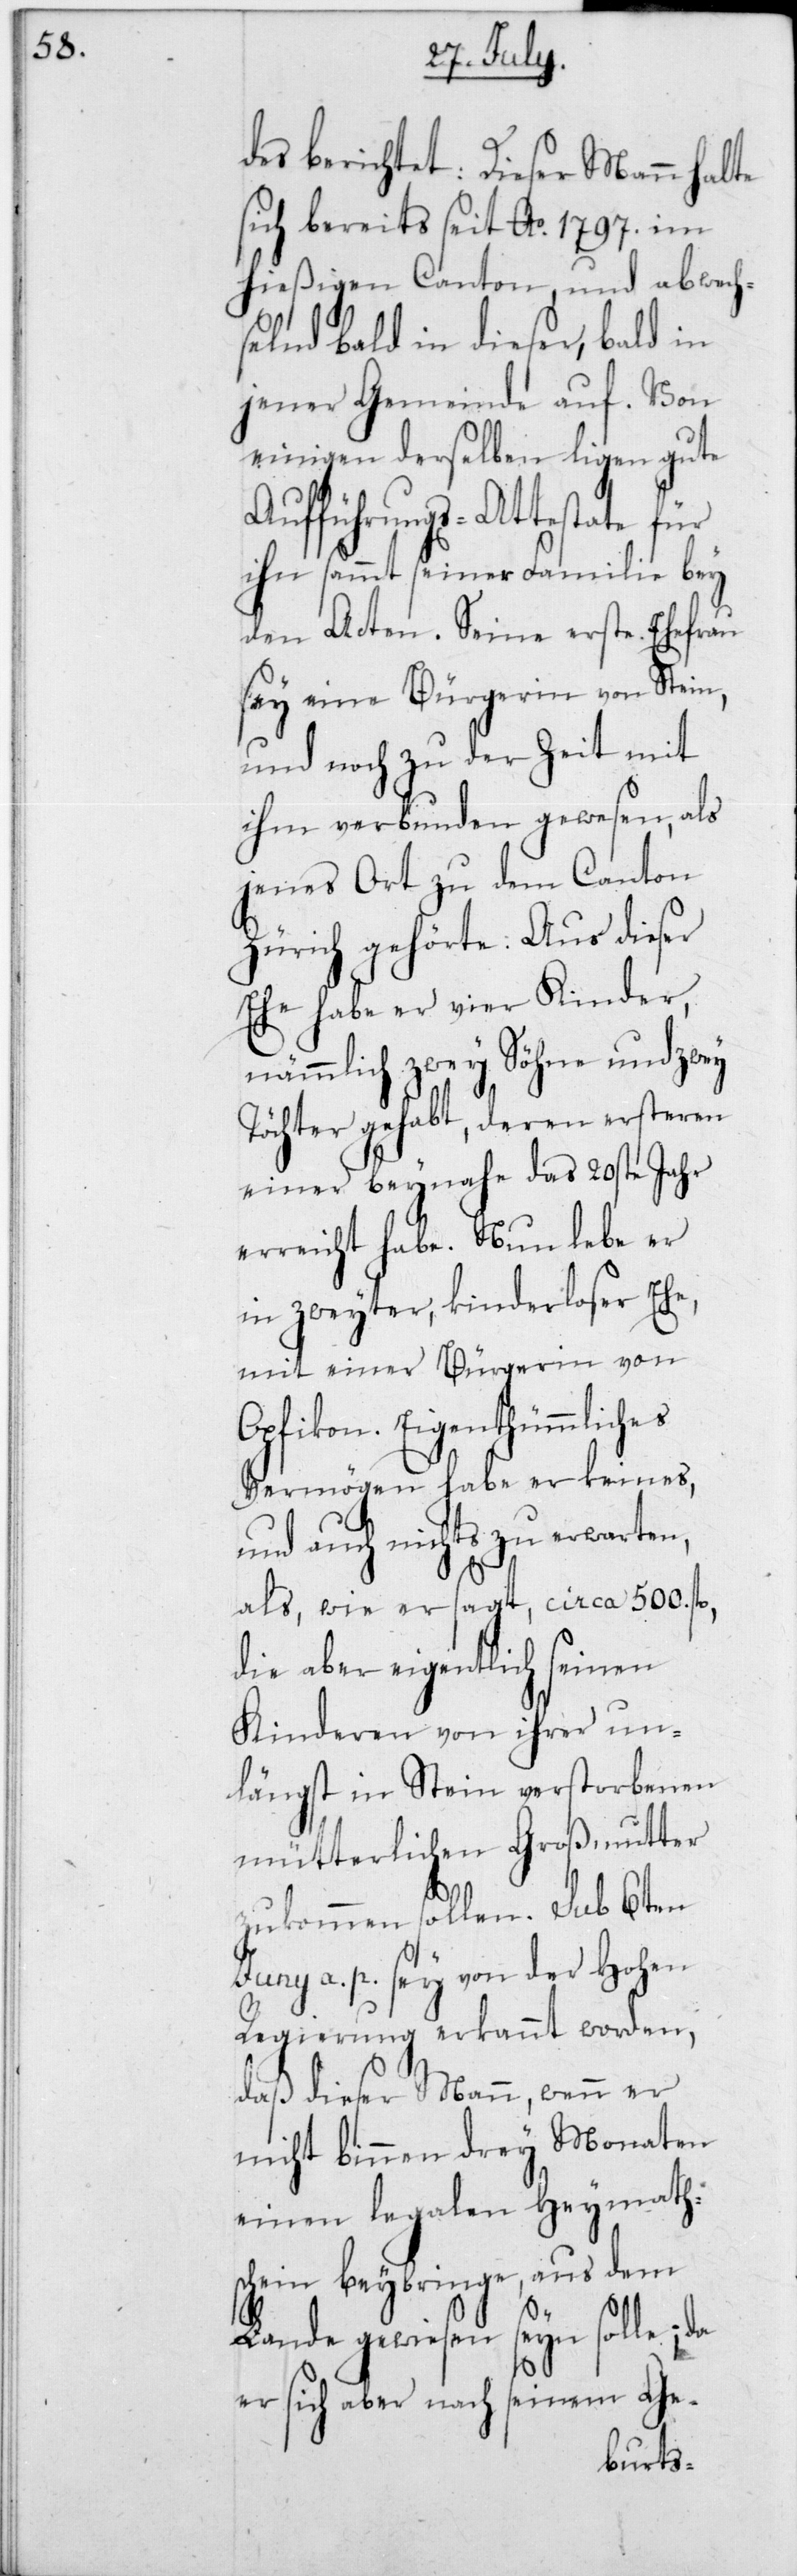
des berichtet: Dieser Mann halte
sich bereits seit Ao 1797 im
hießigen Canton, und abwech¬
selnd bald in dieser, bald in
jener Gemeinde auf. Von
einigen derselben ligen gute
Aufführungs-Attestate für
ihn sammt seiner Familie bey
den Acten. Seine erste Ehefrau
sey eine Bürgerin von Stein,
und noch zu der Zeit mit
ihm verbunden gewesen, als
jenes Ort zu dem Canton
Zürich gehörte. Aus dieser
Ehe habe er vier Kinder,
nämmlich zwey Söhne und zwey
Töchter gehabt, deren ersteren
einer beynahe das 20ste Jahr
erreicht habe. Nun lebe er
in zweyter kinderloser Ehe,
mit einer Bürgerin von
Opfikon. Eigenthümmliches
Vermögen habe er keines,
und auch nichts zu erwarten,
als, wie er sagt, circa 500 fl.,
die aber eigentlich seinen
Kinderen von ihrer un¬
längst in Stein verstorbenen
mütterlichen Großmutter
zukommen sollen. sub
Juny a. p. sey von der Hohen
Regierung erkannt worden,
daß dieser Mann, wenn er
nicht binnen drey Monaten
einen legalen Heymaths¬
chein beybringe, aus dem
solle;
Lande gewiesen
er si¬
ch